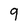
Character: 9